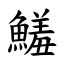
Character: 鱃